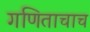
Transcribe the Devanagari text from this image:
गणिताचाच